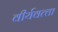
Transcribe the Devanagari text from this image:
वीर्यवत्‍ता